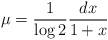
LaTeX: \begin{align*}\mu=\frac{1}{\log 2}\frac{dx}{1+x}\end{align*}